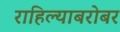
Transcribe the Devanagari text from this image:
राहिल्याबरोबर